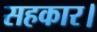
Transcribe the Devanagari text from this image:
सहकार।